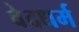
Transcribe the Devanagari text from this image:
वेदधर्म